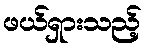
ဖယ်ရှားသည့်